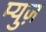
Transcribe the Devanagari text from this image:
म्युज़